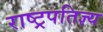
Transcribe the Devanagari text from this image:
राष्ट्रपतिज्ञ्य